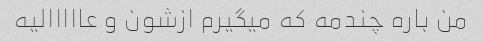
من باره چندمه که میگیرم ازشون و عااااالیه